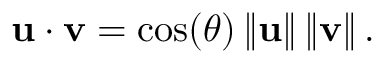
\mathbf { u } \cdot \mathbf { v } = \cos ( \theta ) \left\| \mathbf { u } \right\| \left\| \mathbf { v } \right\| .